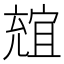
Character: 𠒩